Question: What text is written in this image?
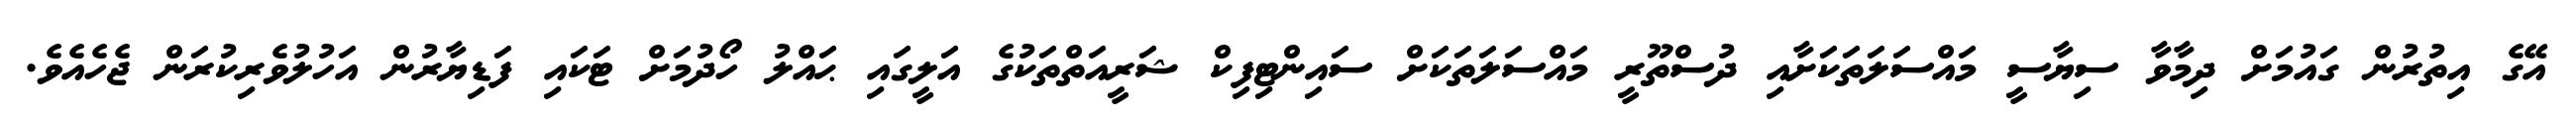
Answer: އޭގެ އިތުރުން ގައުމަށް ދިމާވާ ސިޔާސީ މައްސަލަތަކަށާއި ދުސްތޫރީ މައްސަލަތަކަށް ސައިންޓިފިކް ޝަރީއަތްތަކުގެ އަލީގައި ޙައްލު ހޯދުމަށް ޓަކައި ފަޑިޔާރުން އަހުލުވެރިކުރަން ޖެހެއެވެ.